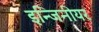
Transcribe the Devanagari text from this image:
इन्जिनीयर